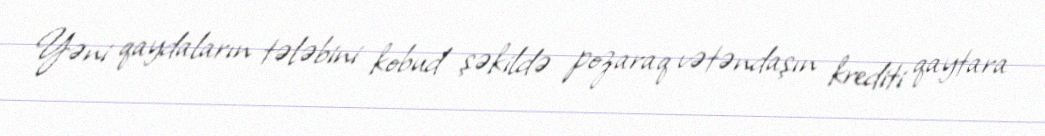
Yəni qaydaların tələbini kobud şəkildə pozaraq vətəndaşın krediti qaytara